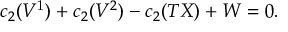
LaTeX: c _ { 2 } ( V ^ { 1 } ) + c _ { 2 } ( V ^ { 2 } ) - c _ { 2 } ( T X ) + W = 0 .